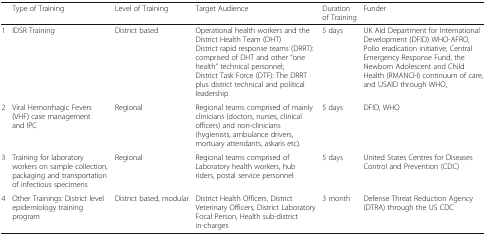
<table><thead><tr><td></td><td><b>Type of Training</b></td><td><b>Level of Training</b></td><td><b>Target Audience</b></td><td><b>Duration of Training</b></td><td><b>Funder</b></td></tr></thead><tbody><tr><td>1</td><td>IDSR Training</td><td>District based</td><td>Operational health workers and the District Health Team (DHT)District rapid response teams (DRRT): comprised of DHT and other “one health” technical personnel;District Task Force (DTF): The DRRT plus district technical and political leadership</td><td>5 days</td><td>UK Aid Department for International Development (DFID) WHO-AFRO, Polio eradication initiative, Central Emergency Response Fund, the Newborn Adolescent and Child Health (RMANCH) continuum of care, and USAID through WHO,</td></tr><tr><td>2</td><td>Viral Hemorrhagic Fevers (VHF) case management and IPC</td><td>Regional</td><td>Regional teams comprised of mainly clinicians (doctors, nurses, clinical officers) and non-clinicians (hygienists, ambulance drivers, mortuary attendants, askaris etc).</td><td>5 days</td><td>DFID, WHO</td></tr><tr><td>3</td><td>Training for laboratory workers on sample collection, packaging and transportation of infectious specimens</td><td>Regional</td><td>Regional teams comprised of Laboratory health workers, hub riders, postal service personnel</td><td>5 days</td><td>United States Centres for Diseases Control and Prevention (CDC)</td></tr><tr><td>4</td><td>Other Trainings: District level epidemiology training program</td><td>District based, modular</td><td>District Health Officers, District Veterinary Officers, District Laboratory Focal Person, Health sub-district in-charges</td><td>3 month</td><td>Defense Threat Reduction Agency (DTRA) through the US CDC</td></tr></tbody></table>